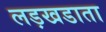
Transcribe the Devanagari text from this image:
लड़खडाता